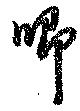
喞